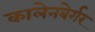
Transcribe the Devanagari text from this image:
कालेनबेर्गर